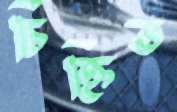
চিহ্নিত